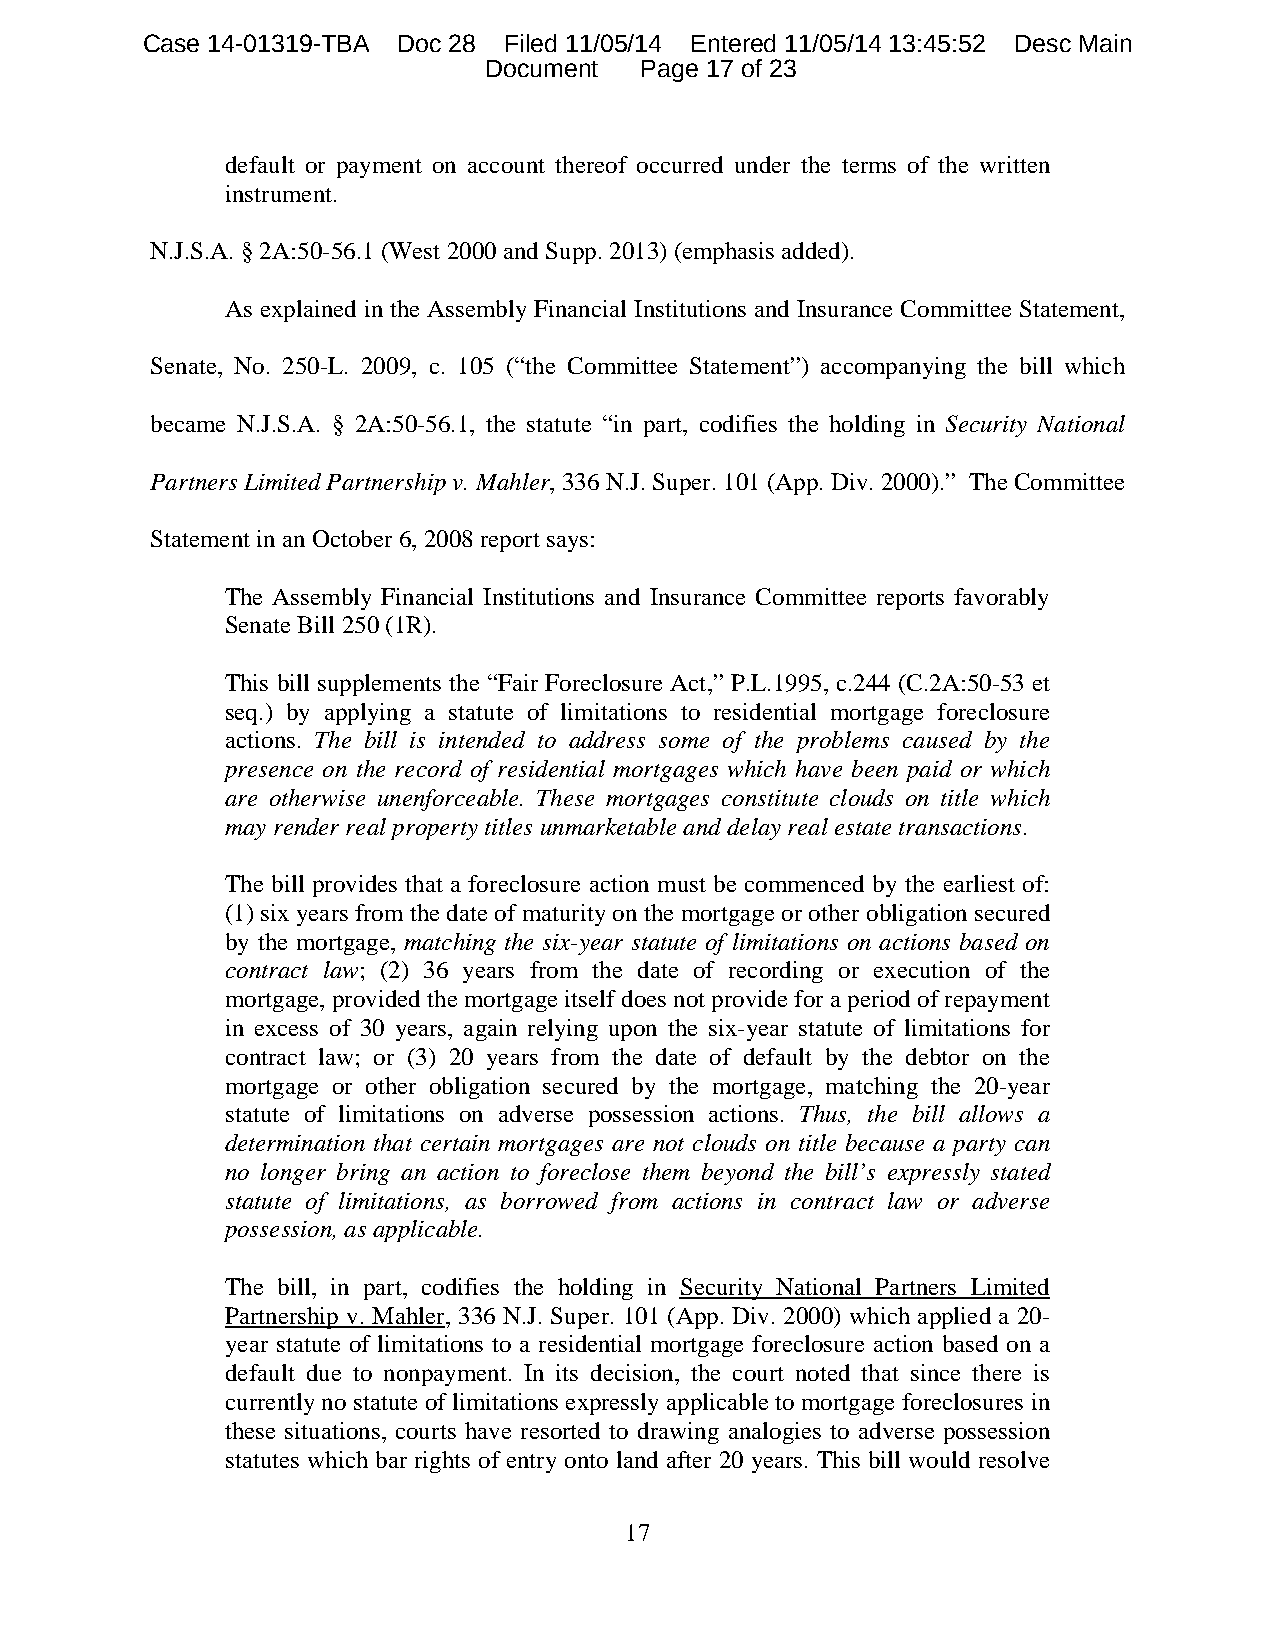
Case 14-01319-TBA Doc 28 Filed 11/05/14 Entered 11/05/14 13:45:52 Desc Main
 Document  Page 17 of 23
 default or payment on account thereof occurred under the terms of the written
 instrument.
 N.J.S.A. § 2A:50-56.1 (West 2000 and Supp. 2013) (emphasis added).
 As explained in the Assembly Financial Institutions and Insurance Committee Statement,
 Senate, No. 250-L. 2009, c. 105 (“the Committee Statement”) accompanying the bill which
 became N.J.S.A. § 2A:50-56.1, the statute “in part, codifies the holding in Security National
 Partners Limited Partnership v. Mahler, 336 N.J. Super. 101 (App. Div. 2000).” The Committee
 Statement in an October 6, 2008 report says:
 The Assembly Financial Institutions and Insurance Committee reports favorably
 Senate Bill 250 (1R).
 This bill supplements the “Fair Foreclosure Act,” P.L.1995, c.244 (C.2A:50-53 et
 seq.) by applying a statute of limitations to residential mortgage foreclosure
 actions. The bill is intended to address some of the problems caused by the
 presence on the record of residential mortgages which have been paid or which
 are otherwise unenforceable. These mortgages constitute clouds on title which
 may render real property titles unmarketable and delay real estate transactions.
 The bill provides that a foreclosure action must be commenced by the earliest of:
 (1) six years from the date of maturity on the mortgage or other obligation secured
 by the mortgage, matching the six-year statute of limitations on actions based on
 contract law; (2) 36 years from the date of recording or execution of the
 mortgage, provided the mortgage itself does not provide for a period of repayment
 in excess of 30 years, again relying upon the six-year statute of limitations for
 contract law; or (3) 20 years from the date of default by the debtor on the
 mortgage or other obligation secured by the mortgage, matching the 20-year
 statute of limitations on adverse possession actions. Thus, the bill allows a
 determination that certain mortgages are not clouds on title because a party can
 no longer bring an action to foreclose them beyond the bill’s expressly stated
 statute of limitations, as borrowed from actions in contract law or adverse
 possession, as applicable.
 The bill, in part, codifies the holding in Security National Partners Limited
 Partnership v. Mahler, 336 N.J. Super. 101 (App. Div. 2000) which applied a 20-
 year statute of limitations to a residential mortgage foreclosure action based on a
 default due to nonpayment. In its decision, the court noted that since there is
 currently no statute of limitations expressly applicable to mortgage foreclosures in
 these situations, courts have resorted to drawing analogies to adverse possession
 statutes which bar rights of entry onto land after 20 years. This bill would resolve
 17